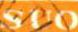
SUO